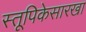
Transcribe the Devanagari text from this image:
स्तूपिकेसारखा